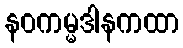
နဝကမ္မဒါနကထာ